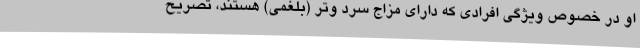
او در خصوص ویژگی افرادی که دارای مزاج سرد و‌تر (بلغمی) هستند، تصریح